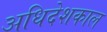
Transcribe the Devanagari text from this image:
अधिदेशकाल